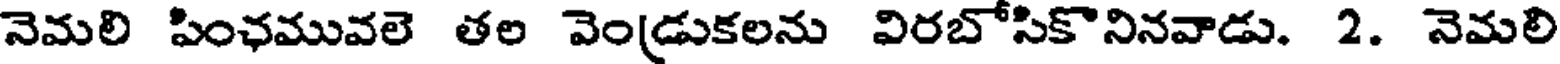
నెమలి పింఛమువలె తల వెండ్రుకలను విరబోసికొనినవాడు. 2. నెమలి